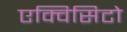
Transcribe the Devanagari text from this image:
एक्विसिटो